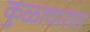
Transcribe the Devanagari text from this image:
कुळाचारात